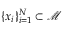
\{ x _ { i } \} _ { i = 1 } ^ { N } \subset \mathscr { M }